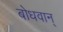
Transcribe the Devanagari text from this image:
बोधवान्